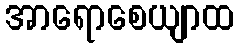
အာရောစေယျာထ